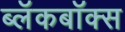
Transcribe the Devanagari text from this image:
ब्‍लॅकबॉक्स